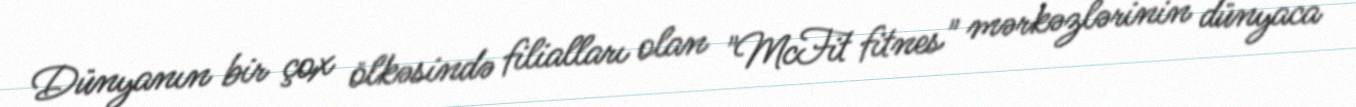
Dünyanın bir çox ölkəsində filialları olan "McFit fitnes" mərkəzlərinin dünyaca